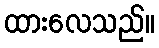
ထားလေသည်။